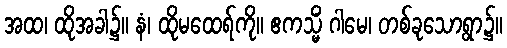
အထ၊ ထိုအခါ၌။ နံ၊ ထိုမထေရ်ကို။ ဧကသ္မိံ ဂါမေ၊ တစ်ခုသောရွာ၌။